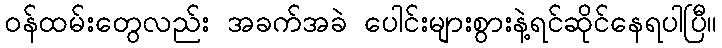
ဝန်ထမ်းတွေလည်း အခက်အခဲ ပေါင်းများစွားနဲ့ရင်ဆိုင်နေရပါပြီ။